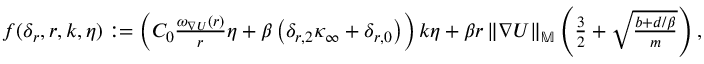
\begin{array} { r } { f ( \delta _ { r } , r , k , \eta ) : = \left( C _ { 0 } \frac { \omega _ { \nabla U } ( r ) } { r } \eta + \beta \left( \delta _ { r , 2 } \kappa _ { \infty } + \delta _ { r , 0 } \right) \right) k \eta + \beta r \left\| \nabla U \right\| _ { \mathbb { M } } \left( \frac { 3 } { 2 } + \sqrt { \frac { b + d / \beta } { m } } \right) , } \end{array}